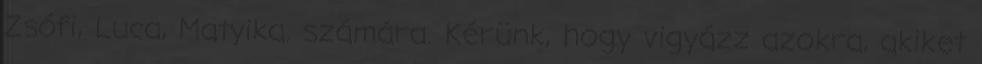
Zsófi, Luca, Matyika. számára. Kérünk, hogy vigyázz azokra, akiket